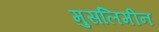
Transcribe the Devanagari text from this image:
मुसलिमीन